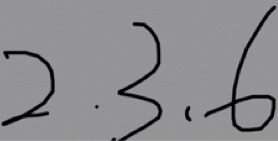
2 . 3 , 6